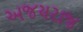
અજયરાજ